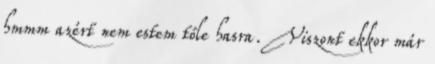
hmmm azért nem estem tőle hasra. Viszont ekkor már